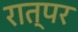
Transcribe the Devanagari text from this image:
रात्पर